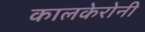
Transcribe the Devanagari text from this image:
कालकेरोनी